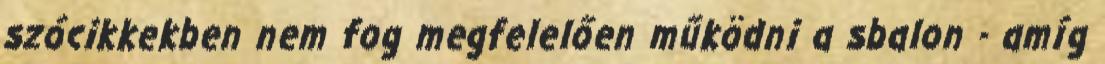
szócikkekben nem fog megfelelően működni a sbalon - amíg